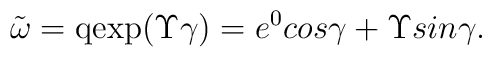
\tilde\omega =\mbox{qexp}(\Upsilon\gamma) = e^{0} cos\gamma +\Upsilon sin\gamma.